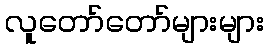
လူတော်တော်များများ